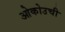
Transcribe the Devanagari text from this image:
ओकोउची